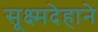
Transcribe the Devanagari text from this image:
सूक्ष्मदेहाने